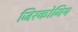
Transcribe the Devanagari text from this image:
जिरकोनिय